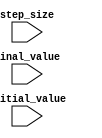
module Incremental_For_Loop(

    input wire [31:0] initial_value,
    input wire [31:0] final_value,
    input wire [31:0] step_size

);

    reg [31:0] current_iteration_count;

    always @ (posedge clk) begin
        if (current_iteration_count < final_value) begin
            // Perform operations within the loop here
            // Define operations based on current_iteration_count
            current_iteration_count <= current_iteration_count + step_size;
        end
    end

endmodule